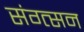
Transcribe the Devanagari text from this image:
संग्त्सन